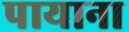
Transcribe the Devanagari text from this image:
पायाना